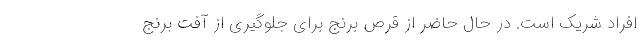
افراد شریک است. در حال حاضر از قرص برنج برای جلوگیری از آفت برنج